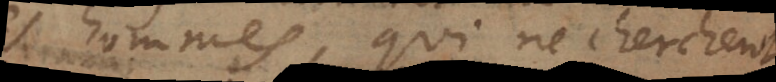
des hommes, qui ne cherchent